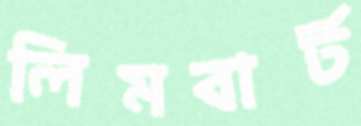
লিমবার্ট